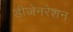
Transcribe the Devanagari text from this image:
डीजेनरेशन